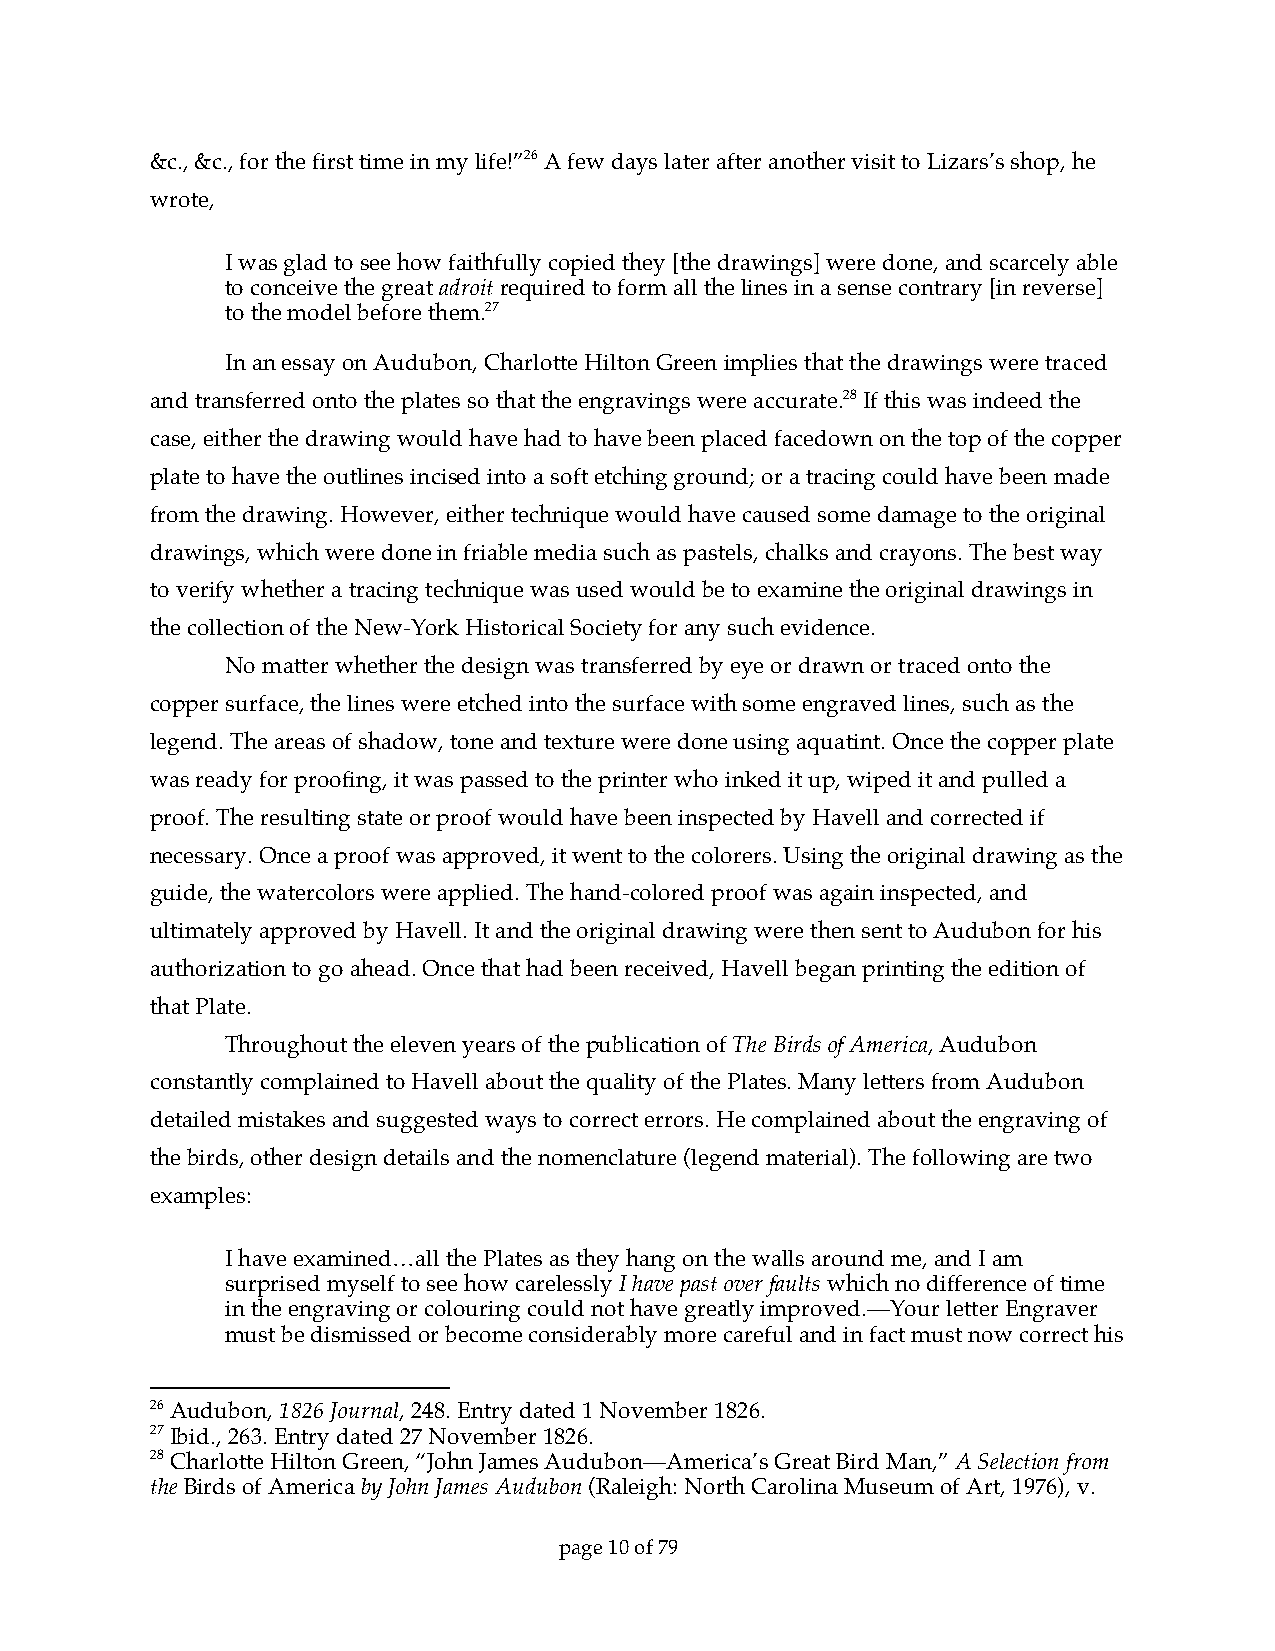
&c., &c., for the first time in my life!”26 A few days later after another visit to Lizars’s shop, he
 wrote,
 I was glad to see how faithfully copied they [the drawings] were done, and scarcely able
 to conceive the great adroit required to form all the lines in a sense contrary [in reverse]
 to the model before them.27
 In an essay on Audubon, Charlotte Hilton Green implies that the drawings were traced
 and transferred onto the plates so that the engravings were accurate.28 If this was indeed the
 case, either the drawing would have had to have been placed facedown on the top of the copper
 plate to have the outlines incised into a soft etching ground; or a tracing could have been made
 from the drawing. However, either technique would have caused some damage to the original
 drawings, which were done in friable media such as pastels, chalks and crayons. The best way
 to verify whether a tracing technique was used would be to examine the original drawings in
 the collection of the New-York Historical Society for any such evidence.
 No matter whether the design was transferred by eye or drawn or traced onto the
 copper surface, the lines were etched into the surface with some engraved lines, such as the
 legend. The areas of shadow, tone and texture were done using aquatint. Once the copper plate
 was ready for proofing, it was passed to the printer who inked it up, wiped it and pulled a
 proof. The resulting state or proof would have been inspected by Havell and corrected if
 necessary. Once a proof was approved, it went to the colorers. Using the original drawing as the
 guide, the watercolors were applied. The hand-colored proof was again inspected, and
 ultimately approved by Havell. It and the original drawing were then sent to Audubon for his
 authorization to go ahead. Once that had been received, Havell began printing the edition of
 that Plate.
 Throughout the eleven years of the publication of The Birds of America, Audubon
 constantly complained to Havell about the quality of the Plates. Many letters from Audubon
 detailed mistakes and suggested ways to correct errors. He complained about the engraving of
 the birds, other design details and the nomenclature (legend material). The following are two
 examples:
 I have examined…all the Plates as they hang on the walls around me, and I am
 surprised myself to see how carelessly I have past over faults which no difference of time
 in the engraving or colouring could not have greatly improved.—Your letter Engraver
 must be dismissed or become considerably more careful and in fact must now correct his
 26 Audubon, 1826 Journal, 248. Entry dated 1 November 1826.
 27 Ibid., 263. Entry dated 27 November 1826.
 28 Charlotte Hilton Green, “John James Audubon—America’s Great Bird Man,” A Selection from
 the Birds of America by John James Audubon (Raleigh: North Carolina Museum of Art, 1976), v.
 page 10 of 79